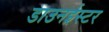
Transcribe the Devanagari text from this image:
डाउनईस्टर